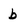
Character: b